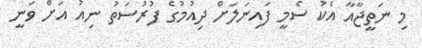
މި ނަތީޖާއާ އެކު ސެމީ ފައިނަލަށް ދިއުމުގެ ފުރުސަތު ނިއު އަށް ވަނީ